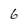
Character: 6